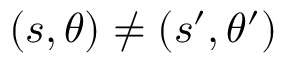
( s , \theta ) \neq ( s ^ { \prime } , \theta ^ { \prime } )